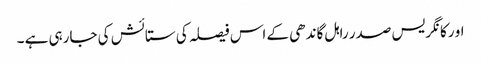
او رکانگریس صدر راہل گاندھی کے اس فیصلہ کی ستائش کی جارہی ہے ۔